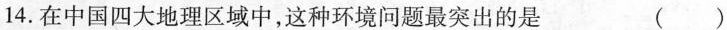
14.在中国四大地理区域中，这种环境问题最突出的是 ( )